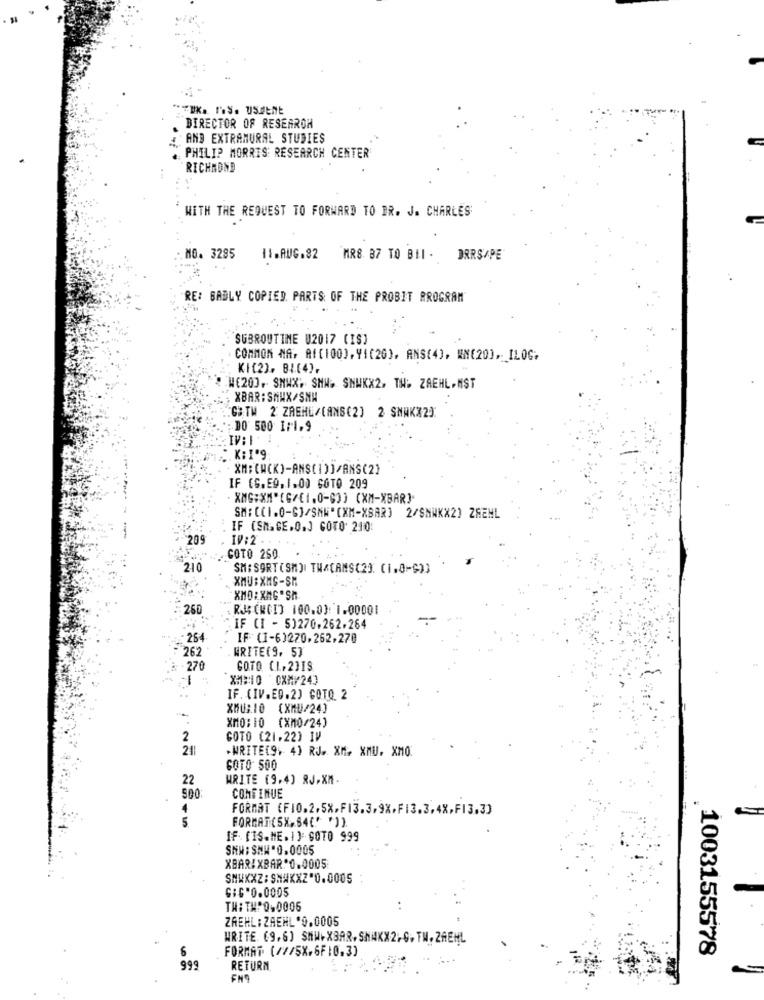
DIRECTOR OF RESEAROH
: AND EXTRAMURAL STUDIES
. PHILIP MORRIS: RESEARCH CENTER
RICHMOND
WITH THE REQUEST TO FORWARD TO DR. J. CHARLES
MO. 3285
11.AUG.32 MR8 87 TO BII - DRRS/PE
RE: BADLY COPIED PARTS OF THE PROBIT PROGRAM
SUBROUTINE 02017 (IS)
COMMON NA, AI[100), 41(20), ANS(4), MN(20), ILOG.
KI[2], BI(4),
W(20]. SMAX. SNW. SNWKX2, TH. ZAEHL.MST
XBAR: SHWX/SNH
GBTW 2 ZAEHL/(ANS(2) 2 SNAKX2)
DO 500 1/1,9
IV: I
:. K: I'9:
XM: CHCK)-ANS(1)]/ANS(2)
IF CS.ED. 1.00 GOTO 209
XMG:XM"[G/{1,0-63) (XM-XBAR]
SM: CCI.0-S]/SHW" (XM-XBAR) 2/SNWKX2) ZAEHL
IF (SM.GE.O.J GOTO 210
'209
IV:2
GOTO 250
210
SM: SORT (SM)I THACAMS(23. (1.8-933
XMU:XMS-SM
XMO : XMG."Sh
260
R: (MOI) 100.0): 1.00001
:IF (I - 5)270.262.264
264
IF (1-6)270.262,270
262
WRITE(9, 53
270
GOTO CL,23IS
X=1:10 CXM/24]
IF. (IV.E9.2) GOTO 2
XMU;10 (XMU/24]
XM0:10 (XM0/24)
2
GOTO (21.22) IV
.WRITE(9, 4) RJ- XX. XMU. XM0
GOTO SOO
22
WRITE (9.4] RJ.XM.
COMEINUE
500:
4
FORMAT (FJO.2.5%,FI3.3.9X.FI3.3.4X,F13.3)
5
FORMAT(SX, 64(" "))
IF (IS.ME.1): GOTO 999
SNW: SMW" 0.0005
XBARAXBAR.0.0005
SHWXXZ: SH#XXZ"0.0005
GIG"O.0005
TW: THO,0006
ZAEHL:ZAEHL*0.0005
WRITE (9,6) SHW+XBAR,SHAKX2,G, TH. ZAEHL
FORMAT (///5X,6F:0.3)
1003155578
999
RETURN